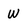
Character: w